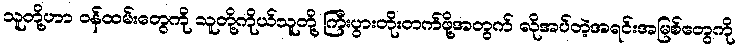
သူတို့ဟာ ဝန်ထမ်းတွေကို သူတို့ကိုယ်သူတို့ ကြီးပွားတိုးတက်ဖို့အတွက် လိုအပ်တဲ့အရင်းအမြစ်တွေကို